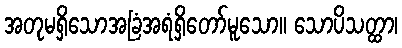
အတုမရှိသောအခြံအရံရှိတော်မူသော။ သောပိသတ္ထာ၊